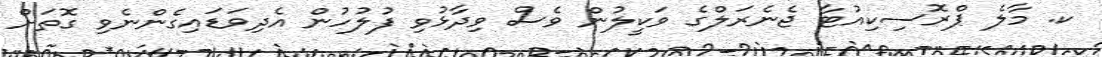
ކ. މާލެ ޕްރޮސިކިއުޓާ ޖެނެރަލްގެ ވަކީލުން ވެސް ވިދާޅުވި ފުލުހުން އެދިވަޑައިގެންނެވި ގޮތަށް